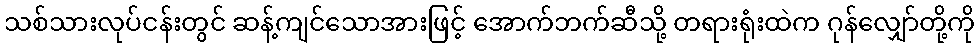
သစ်သားလုပ်ငန်းတွင် ဆန့်ကျင်သောအားဖြင့် အောက်ဘက်ဆီသို့ တရားရုံးထဲက ဂုန်လျှော်တို့ကို